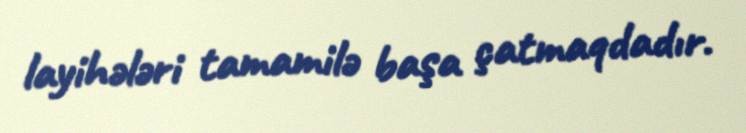
layihələri tamamilə başa çatmaqdadır.